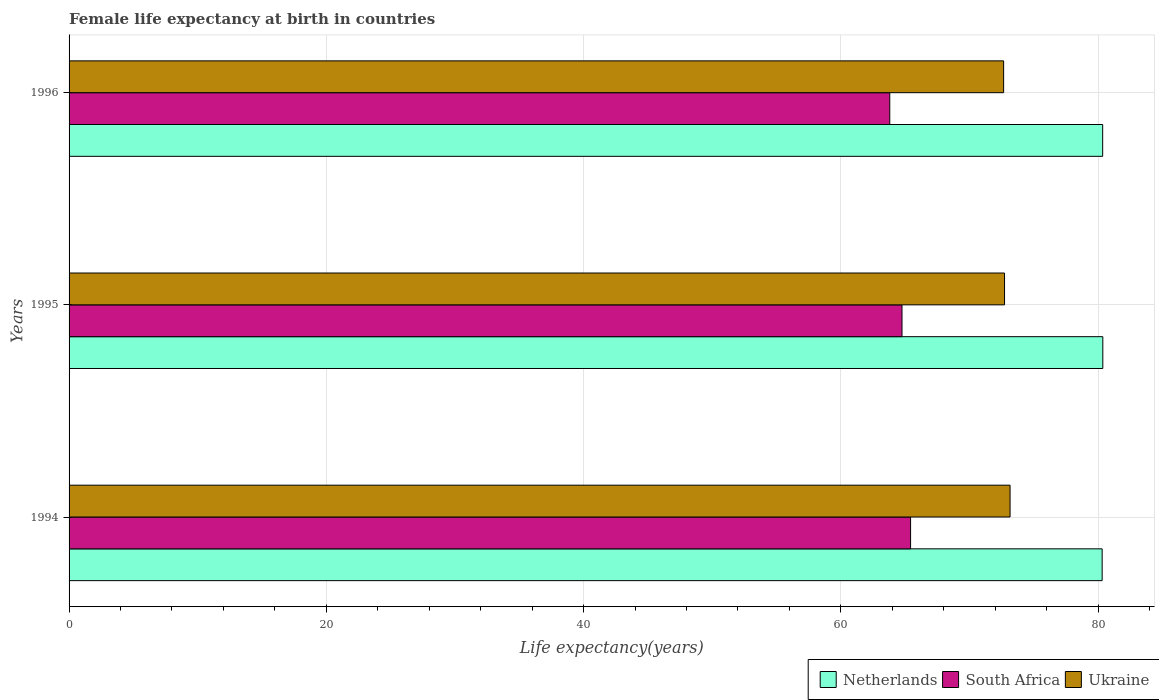
| Years | Netherlands | South Africa | Ukraine |
 | --- | --- | --- | --- |
 | 1994 | 80.3 | 65.4 | 73.2 |
 | 1995 | 80.4 | 64.8 | 72.7 |
 | 1996 | 80.3 | 63.8 | 72.7 |